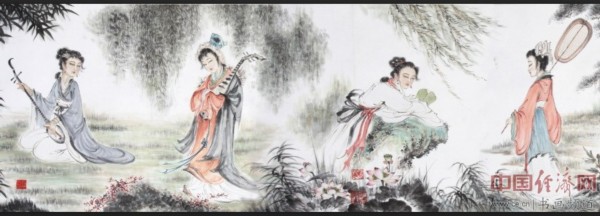
誉人不增其美。